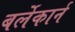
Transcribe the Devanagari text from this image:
बर्लेकार्न